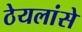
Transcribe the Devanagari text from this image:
ठेयलांसे